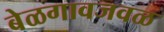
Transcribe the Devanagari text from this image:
बेळगावजवळ